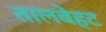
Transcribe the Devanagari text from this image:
तालबेहट